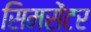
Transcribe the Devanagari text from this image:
सिमसेंटर